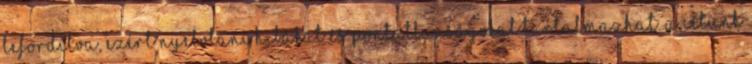
lefordítva, ezért nyelvtani hibákat és pontatlanságokat tartalmazhat. A célunk